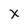
Character: X